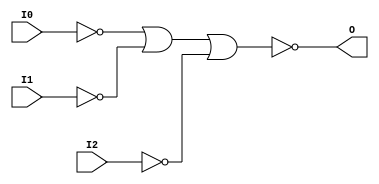
// $Header: /devl/xcs/repo/env/Databases/CAEInterfaces/verunilibs/data/unisims/NOR3B3.v,v 1.5.158.1 2007/03/09 18:13:10 patrickp Exp $
///////////////////////////////////////////////////////////////////////////////
// Copyright (c) 1995/2004 Xilinx, Inc.
// All Right Reserved.
///////////////////////////////////////////////////////////////////////////////
//   ____  ____
//  /   /\/   /
// /___/  \  /    Vendor : Xilinx
// \   \   \/     Version : 8.1i (I.13)
//  \   \         Description : Xilinx Functional Simulation Library Component
//  /   /                  3-input NOR Gate
// /___/   /\     Filename : NOR3B3.v
// \   \  /  \    Timestamp : Thu Mar 25 16:42:58 PST 2004
//  \___\/\___\
//
// Revision:
//    03/23/04 - Initial version.
// End Revision

`timescale  100 ps / 10 ps


module NOR3B3 (O, I0, I1, I2);

    output O;

    input  I0, I1, I2;

    not N2 (i2_inv, I2);
    not N1 (i1_inv, I1);
    not N0 (i0_inv, I0);
    nor O1 (O, i0_inv, i1_inv, i2_inv);


endmodule